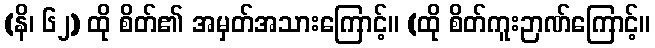
(နိ၊ ၆၂) ထို စိတ်၏ အမှတ်အသားကြောင့်။ (ထို စိတ်ကူးဉာဏ်ကြောင့်။